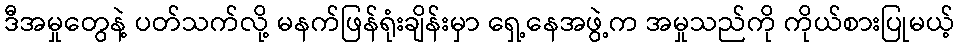
ဒီအမှုတွေနဲ့ ပတ်သက်လို့ မနက်ဖြန်ရုံးချိန်းမှာ ရှေ့နေအဖွဲ့က အမှုသည်ကို ကိုယ်စားပြုမယ့်